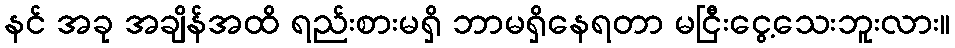
နင် အခု အချိန်အထိ ရည်းစားမရှိ ဘာမရှိနေရတာ မငြီးငွေ့သေးဘူးလား။